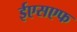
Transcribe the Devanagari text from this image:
ईएसएफ